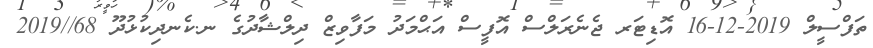
ތަފްސީލް 2019-12-16 އޮޑިޓަރ ޖެނެރަލްސް އޮފީސް އަޙްމަދު މަފާވިޒް ދިލްޝާދުގެ ނ.ކެނދިކުޅުދޫ 68//2019